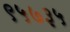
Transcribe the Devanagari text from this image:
९५७३५